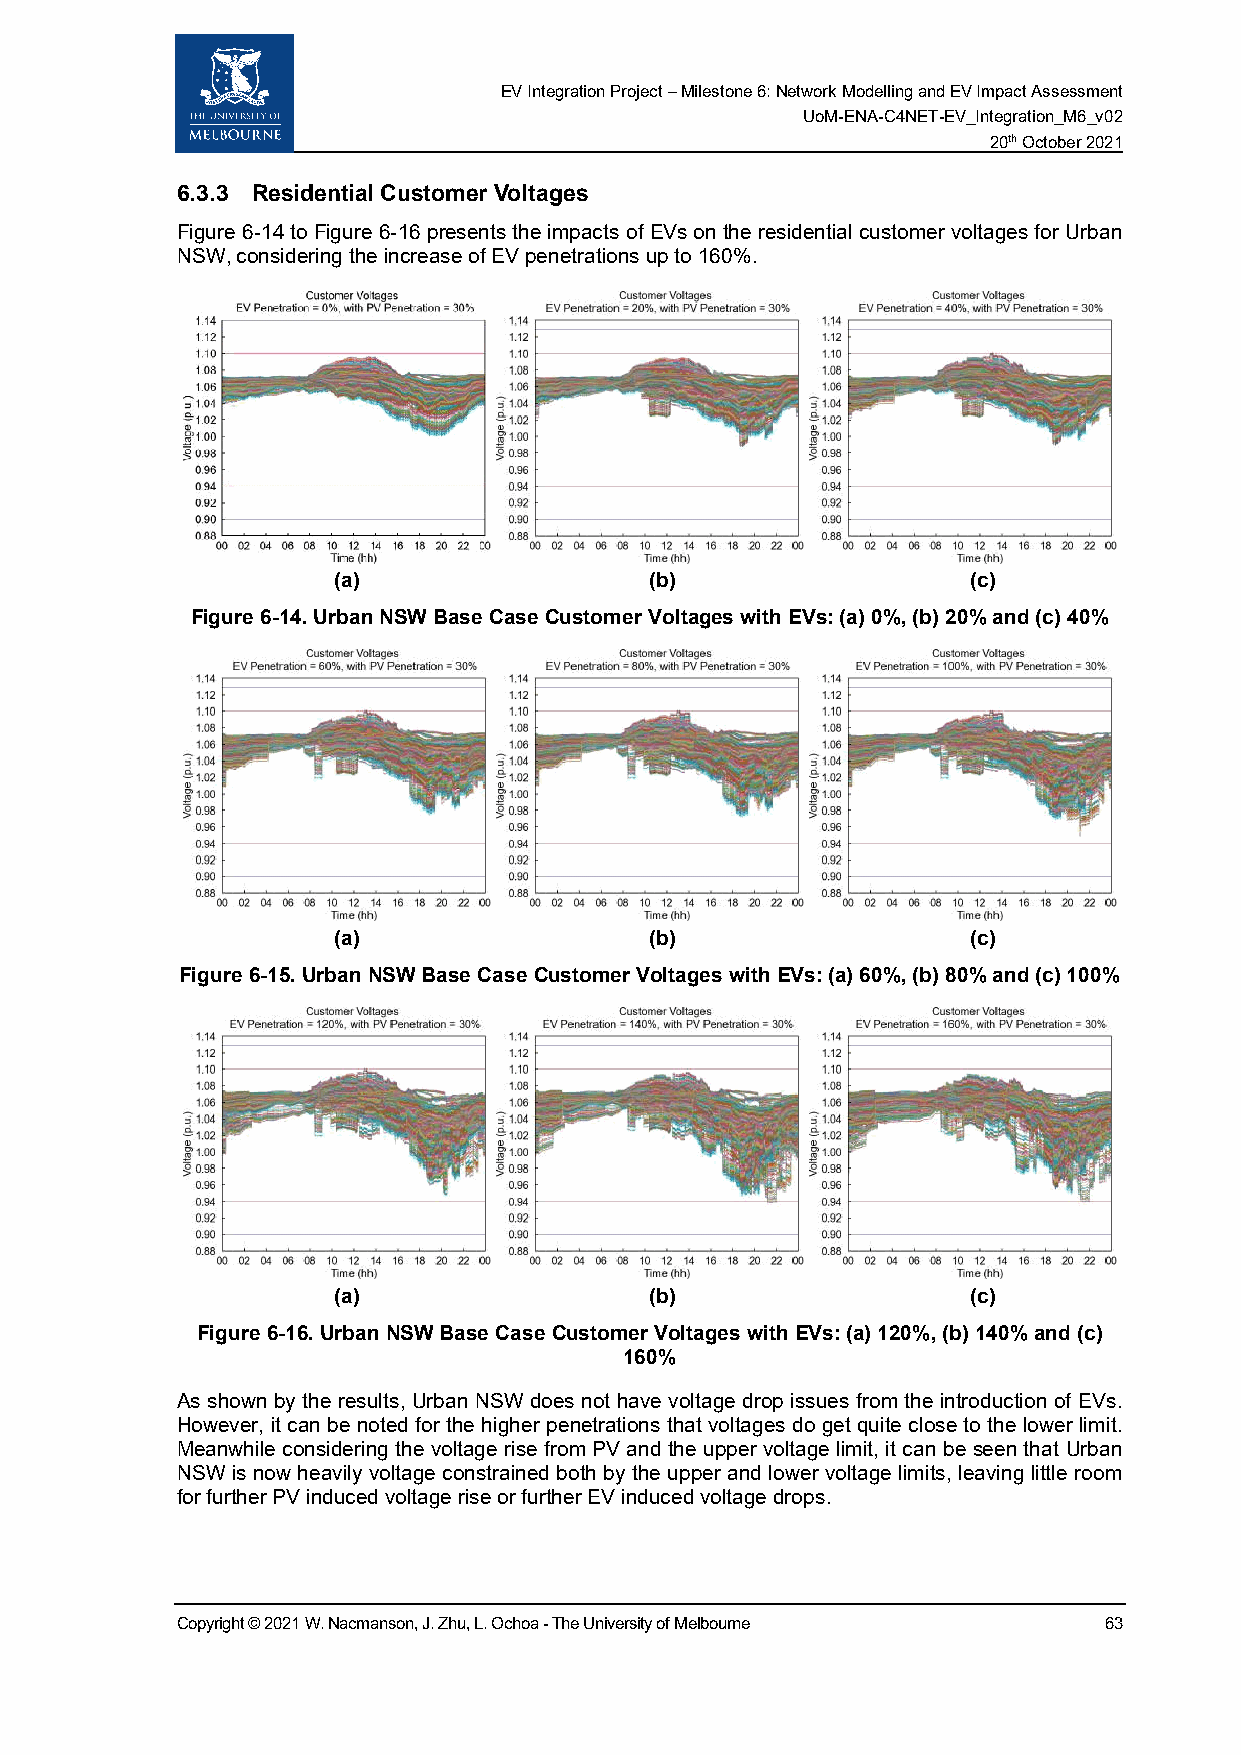
EV Integration Project – Milestone 6: Network Modelling and EV Impact Assessment
 UoM-ENA-C4NET-EV_Integration_M6_v02
 20th October 2021
 6.3.3 Residential Customer Voltages
 Figure 6-14 to Figure 6-16 presents the impacts of EVs on the residential customer voltages for Urban
 NSW, considering the increase of EV penetrations up to 160%.
 (a)                  (b)                  (c)
 Figure 6-14. Urban NSW Base Case Customer Voltages with EVs: (a) 0%, (b) 20% and (c) 40%
 (a)                  (b)                  (c)
 Figure 6-15. Urban NSW Base Case Customer Voltages with EVs: (a) 60%, (b) 80% and (c) 100%
 (a)                  (b)                  (c)
 Figure 6-16. Urban NSW Base Case Customer Voltages with EVs: (a) 120%, (b) 140% and (c)
 160%
 As shown by the results, Urban NSW does not have voltage drop issues from the introduction of EVs.
 However, it can be noted for the higher penetrations that voltages do get quite close to the lower limit.
 Meanwhile considering the voltage rise from PV and the upper voltage limit, it can be seen that Urban
 NSW is now heavily voltage constrained both by the upper and lower voltage limits, leaving little room
 for further PV induced voltage rise or further EV induced voltage drops.
 Copyright © 2021 W. Nacmanson, J. Zhu, L. Ochoa - The University of Melbourne 63